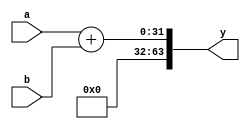
`timescale 1ns / 1ps
module adder(a,b,y);
parameter  WIDTH=32;
input [0:WIDTH-1] a,b;
//output [0:WIDTH-1] y;
output reg  [0:(WIDTH*2)-1] y;
wire[0:WIDTH-1]g;
assign g=0;
always@(a or b)
	begin
y = {g, (a + b)};

	end

endmodule
module subtractor(a,b,y);
parameter  WIDTH=32;
input [0:WIDTH-1] a,b;
//output [0:WIDTH-1] y;
output reg  [0:(WIDTH*2)-1] y;
wire[0:WIDTH-1]g;
assign g=0;
always@(a or b)
	begin
y = a-b;

	end

endmodule
module multiplier(a,b,y);
parameter WIDTH=32;
input [0:WIDTH-1]a,b;
output [0:(WIDTH*2)-1]y;
reg [0:(WIDTH*2)-1]y;
always@(a or b)
	begin
		y=a*b;
	end

endmodule
module comparator(A,B,A_greater_B,equal);  
 parameter WIDTH=32;
 input [0:WIDTH-1] A,B;
  output reg A_greater_B;
  output reg equal;
 // A greater than B output   
 always @(A or B)
 begin
 if (A>B)
 A_greater_B<= 1;
 else
 A_greater_B<= 0;
  if (A==B)
 equal<= 1;
 else
 equal<= 0;
 //assign A_greater_B = tmp6 | tmp7 | tmp8;  
 end
 endmodule 

module add_mul_comp_sub_32_bit(a, b,Result);
      parameter WIDTH=32;
	input [0:WIDTH-1]a, b;
wire [0:1]operation;

      output reg [0:(WIDTH*2)-1]Result;
       wire [0:(WIDTH*2)-1]Result_sub1;
      wire [0:(WIDTH*2)-1]Result_sub2;
  
      wire [0:(WIDTH*2)-1]Result_add;
      wire [0:(WIDTH*2)-1]Result_mul;
subtractor subtractor_1 (.a(a), .b(b), .y(Result_sub1));
comparator comparator_1(a,b, operation[0],operation[1]);  
subtractor subtractor_2 (.a(b), .b(a), .y(Result_sub2));
adder adder_1 (.a(a), .b(b), .y(Result_add));
multiplier multiplier_1 (.a(a), .b(b), .y(Result_mul));

          always@(*)

          begin
        case(operation)
        2'b00: // Addition
           Result=Result_add;

        2'b01: // sub1
           Result=Result_sub1;
        2'b10: // sub2
           Result=Result_sub2;

        2'b11: // mul
           Result=Result_mul;
endcase
   end
endmodule